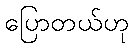
ပြောတယ်ဟု